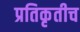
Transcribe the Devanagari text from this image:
प्रतिकृतीच